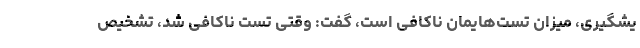
یشگیری، میزان تست‌هایمان ناکافی است، گفت: وقتی تست ناکافی شد، تشخیص